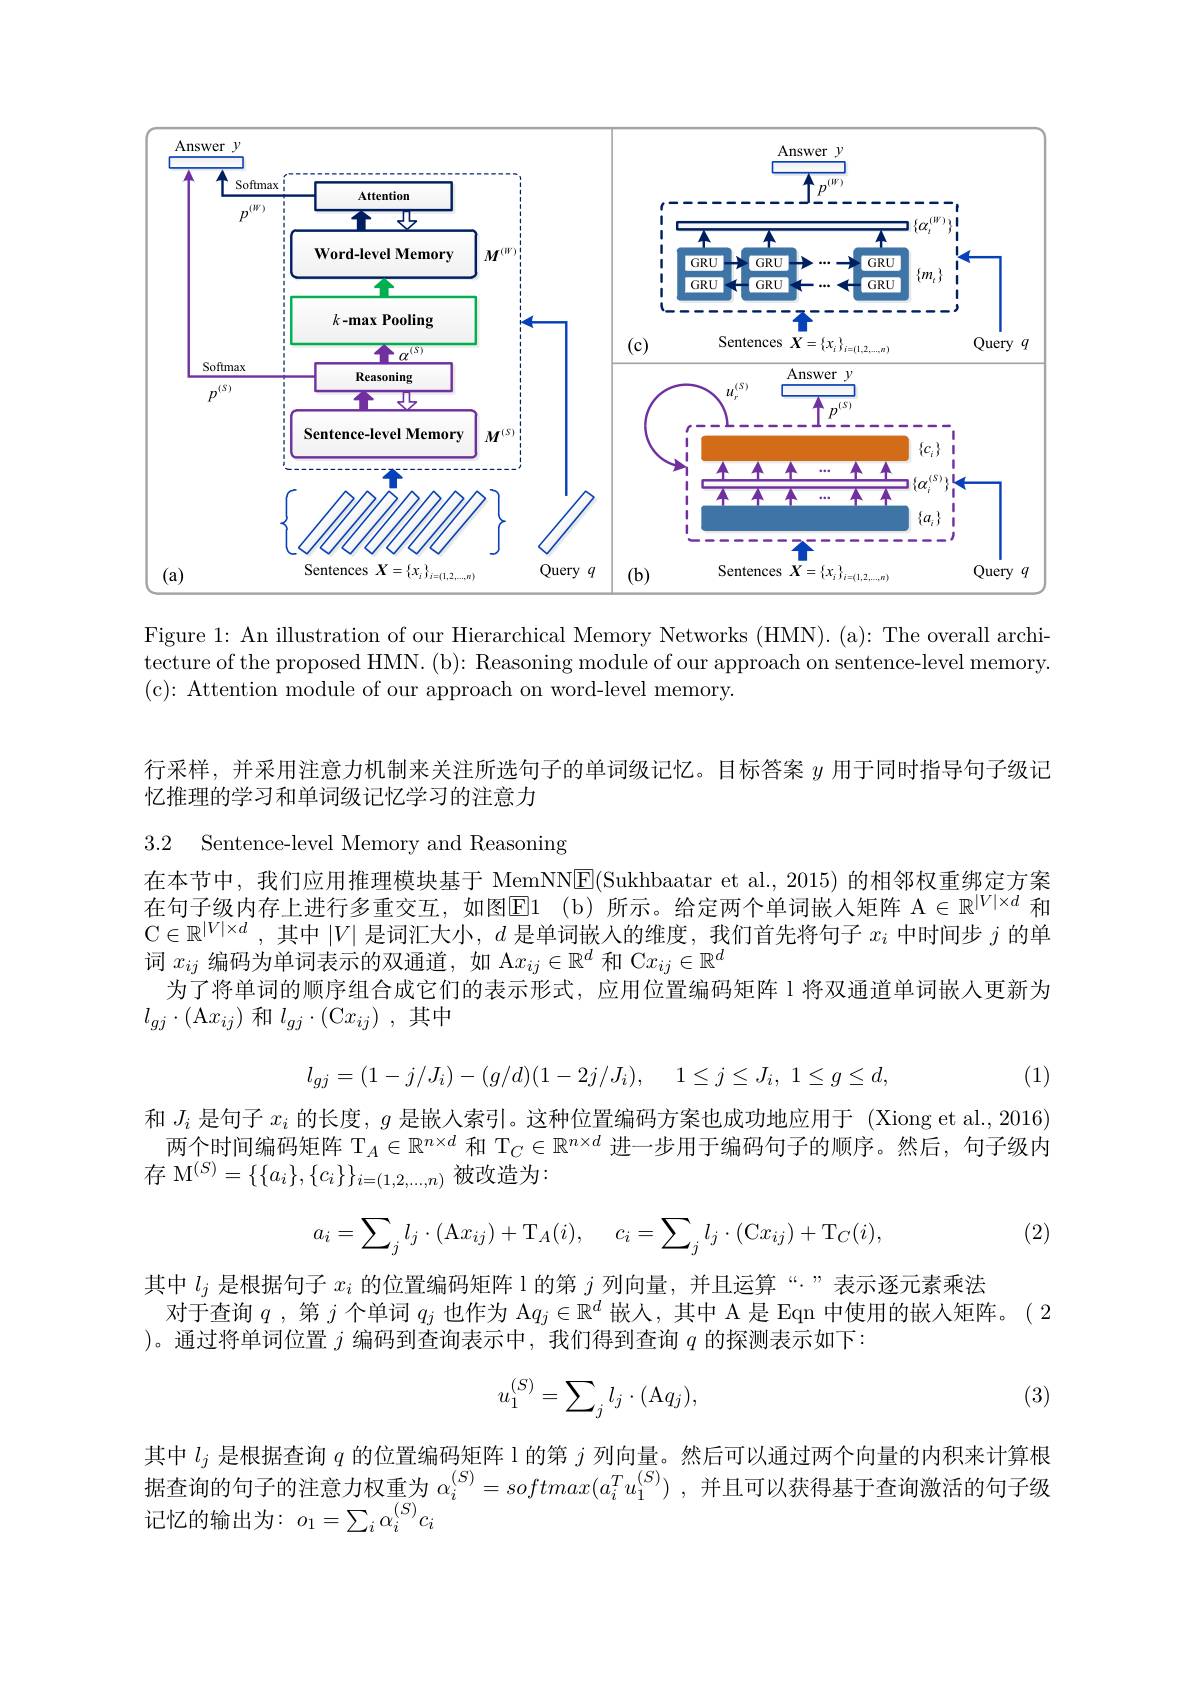
<FigureHere>

Figure 1: An illustration of our Hierarchical Memory Networks (HMN). (a): The overall architecture of the proposed HMN. (b): Reasoning module of our approach on sentence-level memory. (c$)\colon$Attention module of our approach on word-level memory.

行采样，并采用注意力机制来关注所选句子的单词级记忆。目标答案$y$用于同时指导句子级记
忆推理的学习和单词级记忆学习的注意力

3.2 Sentence-level Memory and Reasoning

在本节中，我们应用推理模块基于 MemNNE(Sukhbaatar et al., 2015) 的相邻权重绑定方案在句子级内存上进行多重交互，如图$\boxed{\mathrm{E} }1$ $( \overline {\mathrm{b} })$所示。给定两个单词嵌人矩阵$\mathbb{A}\in\mathbb{R}^|V|\times d$和$\mathbb{C}\in\mathbb{R}^{|V|\times d}$ ,其中$|V|$是词汇大小，$d$是单词嵌人的维度，我们首先将句子$x_i$中时间步$j$的单词$x_{ij}$编码为单词表示的双通道，如 A$x_ij\in\mathbb{R}^d$和 C$x_ij\in\mathbb{R}^d$
为了将单词的顺序组合成它们的表示形式，应用位置编码矩阵 l 将双通道单词嵌人更新为
$l_{gj}\cdot($A$x_ij)$ 和 $l_gj\cdot($C$x_ij)$,其中
$$l_{gj}=(1-j/J_i)-(g/d)(1-2j/J_i),\quad1\leq j\leq J_i,\:1\leq g\leq d,$$
(1)

和$J_i$是句子$x_i$的长度，$g$是嵌人索引。这种位置编码方案也成功地应用于 (Xiong et al., 2016)
两个时间编码矩阵$\mathcal{T}_A\in\mathbb{R}^{n\times d}$和$\mathcal{T}_C\in\mathbb{R}^{n\times d}$进一步用于编码句子的顺序。然后，句子级内
存 M$^{(S)}=\{\{a_i\},\{c_i\}\}_{i=(1,2,\ldots,n)}$被改造为：
$$a_i=\sum_jl_j\cdot(\mathrm Ax_{ij})+\mathrm T_A(i),\quad c_i=\sum_jl_j\cdot(\mathrm Cx_{ij})+\mathrm T_C(i),$$
(2)

其中$l_j$是根据句子$x_i$的位置编码矩阵 l 的第$j$列向量，并且运算“”表示逐元素乘法
对于查询$q$ ,第$j$个单词$q_j$也作为 A$q_j\in\mathbb{R}^d$嵌入，其中 A 是 Eqn 中使用的嵌人矩阵。(2
)。通过将单词位置$j$编码到查询表示中，我们得到查询$q$的探测表示如下：

(3)
$$u_1^{(S)}=\sum_jl_j\cdot(\text{A}q_j),$$
其中$l_j$是根据查询$q$的位置编码矩阵 l 的第$j$列向量。然后可以通过两个向量的内积来计算根据查询的句子的注意力权重为$\alpha_i^{(S)}=softmax(a_i^Tu_1^{(S)})$ ,并且可以获得基于查询激活的句子级记忆的输出为：$o_1=\sum_i\alpha_i^{(S)}c_i$